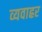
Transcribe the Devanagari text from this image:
व्यवाह्रर